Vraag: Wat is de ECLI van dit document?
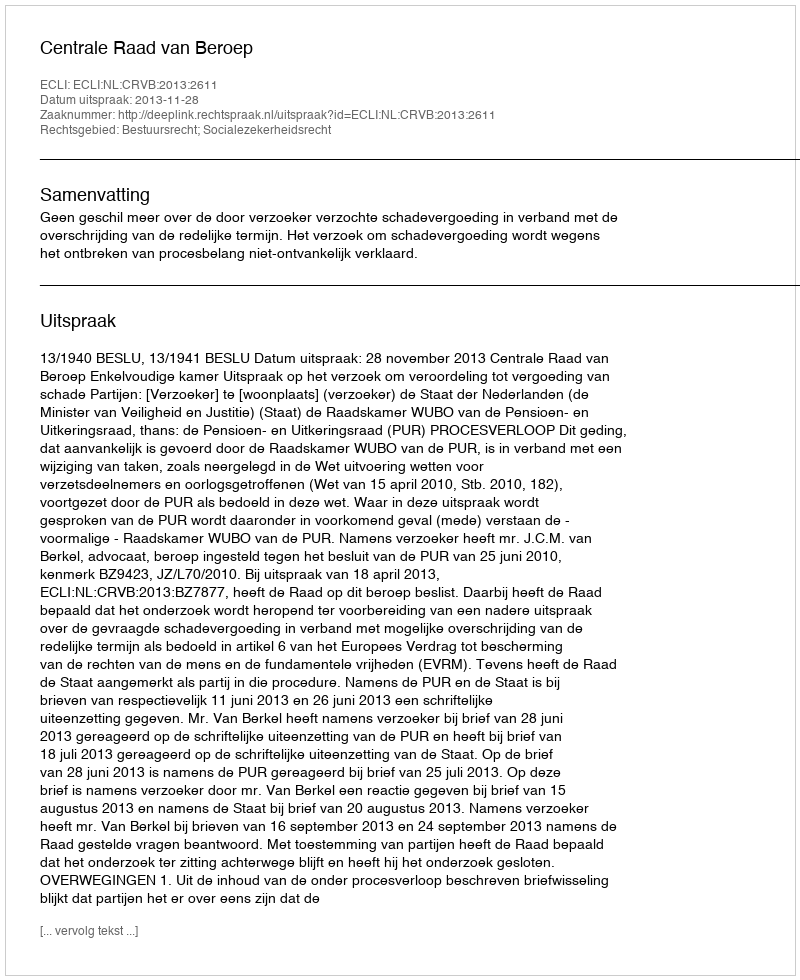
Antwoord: ECLI:NL:CRVB:2013:2611